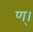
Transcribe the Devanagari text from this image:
ण्।